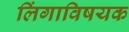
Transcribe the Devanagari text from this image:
लिंगाविषयक